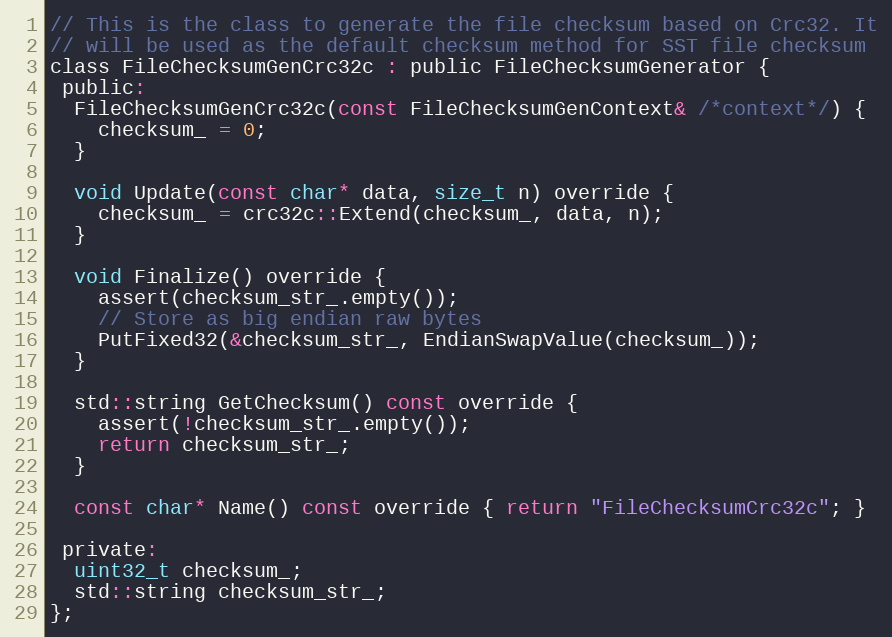
Language: C
// This is the class to generate the file checksum based on Crc32. It
// will be used as the default checksum method for SST file checksum
class FileChecksumGenCrc32c : public FileChecksumGenerator {
 public:
  FileChecksumGenCrc32c(const FileChecksumGenContext& /*context*/) {
    checksum_ = 0;
  }

  void Update(const char* data, size_t n) override {
    checksum_ = crc32c::Extend(checksum_, data, n);
  }

  void Finalize() override {
    assert(checksum_str_.empty());
    // Store as big endian raw bytes
    PutFixed32(&checksum_str_, EndianSwapValue(checksum_));
  }

  std::string GetChecksum() const override {
    assert(!checksum_str_.empty());
    return checksum_str_;
  }

  const char* Name() const override { return "FileChecksumCrc32c"; }

 private:
  uint32_t checksum_;
  std::string checksum_str_;
};